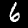
Digit: 6